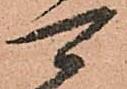
可